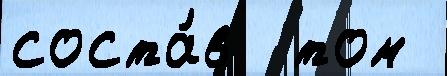
соста́в  том